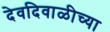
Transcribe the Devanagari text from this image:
देवदिवाळीच्या